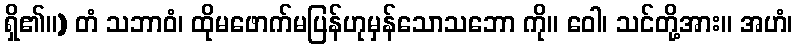
ရှိ၏။) တံ သဘာဝံ၊ ထိုမဖောက်မပြန်ဟုမှန်သောသဘော ကို။ ဝေါ၊ သင်တို့အား။ အဟံ၊